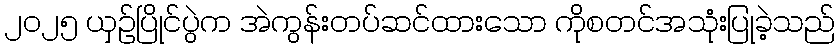
၂၀၂၅ ယှဉ်ပြိုင်ပွဲက အဲကွန်းတပ်ဆင်ထားသော ကိုစတင်အသုံးပြုခဲ့သည်